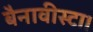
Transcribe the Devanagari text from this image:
बैनावीस्टा।